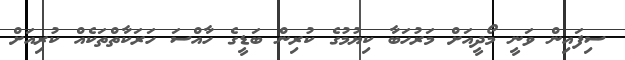
ސިފައިން ވަނީ މޯދީއަށް މަރުހަބާ ކިޔުމުގެ ކުރިން ބަޑީގެ ހާއްސަ ހަރަކާތްތަކެއް ކުރިއަށް